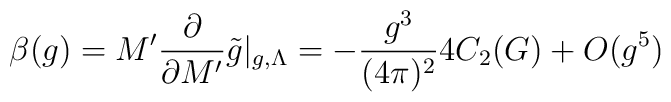
\beta(g) = M' \frac{\partial}{\partial M'} \tilde{g}|_{g,\Lambda} =-\frac{g^3}{(4\pi)^2} 4C_2(G) + O(g^5)